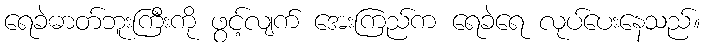
ရေခဲဓာတ်ဘူးကြီးကို ဖွင့်လျက် အေးကြည်က ရေခဲရေ လုပ်ပေးနေသည်။